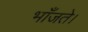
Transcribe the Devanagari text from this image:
भाँजते।